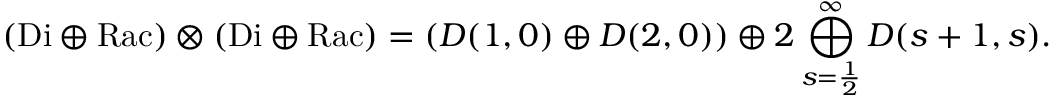
( { \mathrm { D i } } \oplus { \mathrm { R a c } } ) \otimes ( { \mathrm { D i } } \oplus { \mathrm { R a c } } ) = ( D ( 1 , 0 ) \oplus D ( 2 , 0 ) ) \oplus 2 \bigoplus _ { s = \frac { 1 } { 2 } } ^ { \infty } D ( s + 1 , s ) .